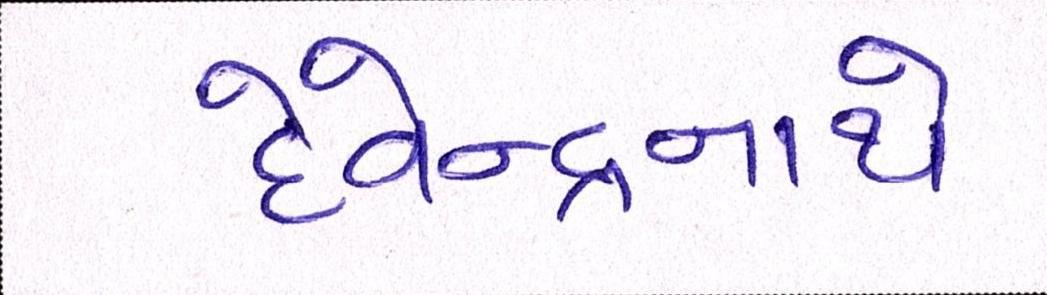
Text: દેવેન્દ્રનાથે